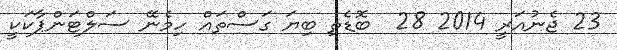
23 ޖެނުއަރީ 2014 28  ބޮޑެތި ބިޔަ ގަސްތައް ހިމެނޭ ސަލްޓަންޕާކަކީ